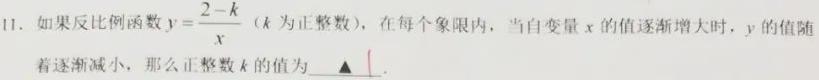
11. 如果反比例函数$y = \dfrac{2 - k}{x}$（$k$为正整数），在每个象限内，当自变量$x$的值逐渐增大时，$y$的值随着逐渐减小，那么正整数$k$的值为 $\underline{\quad\Delta\quad}$.